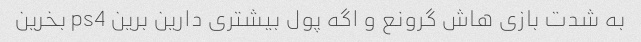
به شدت بازی هاش گرونع و اگه پول بیشتری دارین برین ps4 بخرین